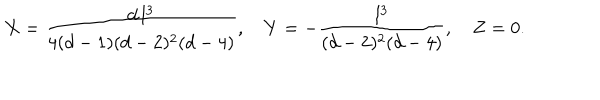
LaTeX: X = { \frac { d \, l ^ { 3 } } { 4 ( d - 1 ) ( d - 2 ) ^ { 2 } ( d - 4 ) } } , \quad Y = - { \frac { l ^ { 3 } } { ( d - 2 ) ^ { 2 } ( d - 4 ) } } , \quad Z = 0 .